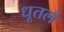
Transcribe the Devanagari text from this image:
धूतलं